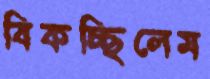
বিকচ্ছিলেম